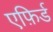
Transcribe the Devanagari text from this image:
एफ़िर्ड